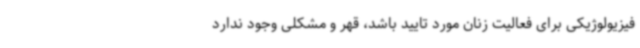
فیزیولوژیکی برای فعالیت زنان مورد تایید باشد، قهر و مشکلی وجود ندارد